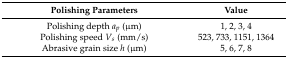
<table><thead><tr><td><b>Polishing Parameters</b></td><td><b>Value</b></td></tr></thead><tbody><tr><td>Polishing depth <i>a<sub>p</sub></i> (μm)</td><td>1, 2, 3, 4</td></tr><tr><td>Polishing speed <i>V<sub>s</sub></i> (mm/s)</td><td>523, 733, 1151, 1364</td></tr><tr><td>Abrasive grain size <i>h</i> (μm)</td><td>5, 6, 7, 8</td></tr></tbody></table>